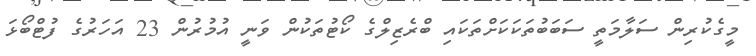
މީގެކުރިން ސަލާމަތީ ސަބަބުތަކަކަށްތަކައި ބްރެޒިލްގެ ކޯޓުތަކުން ވަނީ އުމުރުން 23 އަހަރުގެ ފުޓްބޯޅަ